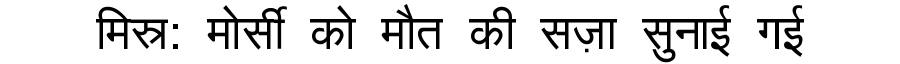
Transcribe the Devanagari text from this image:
मिस्र: मोर्सी को मौत की सज़ा सुनाई गई